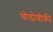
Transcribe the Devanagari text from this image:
चोडोवीकी